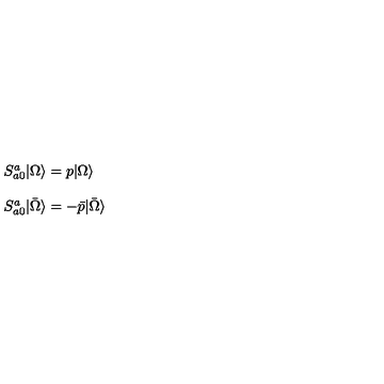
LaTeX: \begin{array} { l } { S _ { a 0 } ^ { a } | \Omega \rangle = p | \Omega \rangle } \\ { \ } \\ { S _ { a 0 } ^ { a } | \bar { \Omega } \rangle = - \bar { p } | \bar { \Omega } \rangle } \\ \end{array}